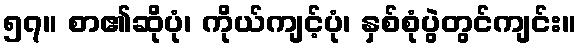
၅၇။ စာ၏ဆိုပုံ၊ ကိုယ်ကျင့်ပုံ၊ နှစ်စုံပွဲတွင်ကျင်း။